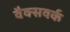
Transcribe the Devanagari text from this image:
वैक्सवर्क